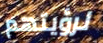
لرؤيتهم